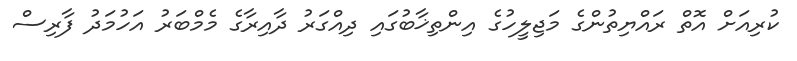
ކުރިއަށް އޮތް ރައްޔިތުންގެ މަޖިލީހުގެ އިންތިޚާބުގައި ދިއްގަރު ދާއިރާގެ މެމްބަރު އަހުމަދު ފާރިސް